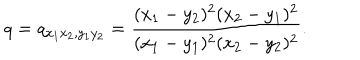
q = q _ { x _ { 1 } x _ { 2 } , y _ { 1 } y _ { 2 } } = \frac { ( x _ { 1 } - y _ { 2 } ) ^ { 2 } ( x _ { 2 } - y _ { 1 } ) ^ { 2 } } { ( x _ { 1 } - y _ { 1 } ) ^ { 2 } ( x _ { 2 } - y _ { 2 } ) ^ { 2 } } .